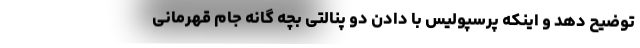
توضیح دهد و اینکه پرسپولیس با دادن دو پنالتی بچه گانه جام قهرمانی